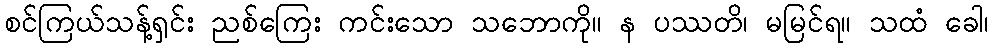
စင်ကြယ်သန့်ရှင်း ညစ်ကြေး ကင်းသော သဘောကို။ န ပဿတိ၊ မမြင်ရ။ သထံ ခေါ၊